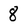
Character: 8